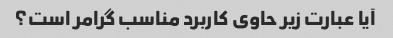
آیا عبارت زیر حاوی کاربرد مناسب گرامر است؟